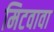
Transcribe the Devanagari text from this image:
मिटवावा